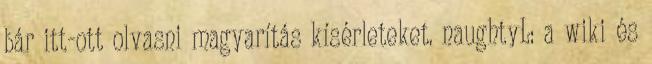
bár itt-ott olvasni magyarítás kísérleteket. naughtyL: a wiki és